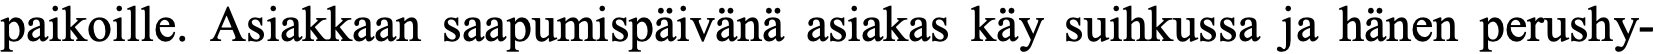
paikoille. Asiakkaan saapumispäivänä asiakas käy suihkussa ja hänen perushy-